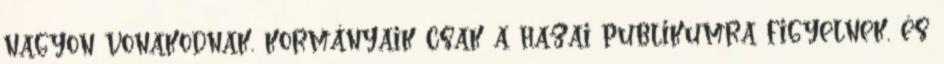
nagyon vonakodnak, kormányaik csak a hazai publikumra figyelnek, és